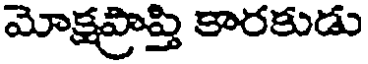
మోక్షప్రాప్తి కారకుడు